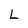
Character: l